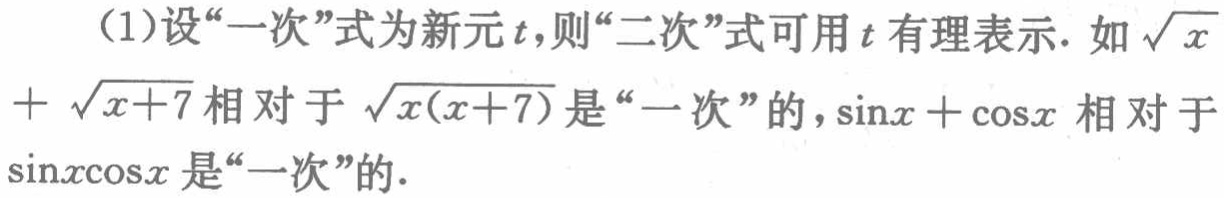
（1）设“一次”式为新元\(t\)，则“二次”式可用\(t\)有理表示. 如\(\sqrt{x}+\sqrt{x + 7}\)相对于\(\sqrt{x(x + 7)}\)是“一次”的，\(\sin x+\cos x\)相对于\(\sin x\cos x\)是“一次”的.